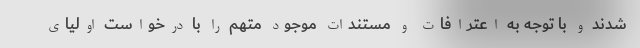
شدند و با توجه به اعترافات و مستندات موجود متهم را با درخواست اولیای